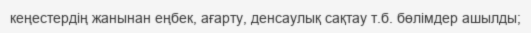
кеңестердің жанынан еңбек, ағарту, денсаулық сақтау т.б. бөлімдер ашылды;